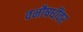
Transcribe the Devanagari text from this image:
वनौषधींवर